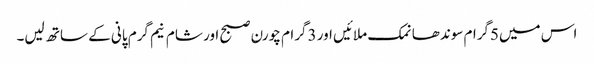
اس میں5گرام سوندھا نمک ملائیں اور 3گرام چورن صبح اور شام نیم گرم پانی کے ساتھ لیں۔